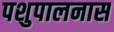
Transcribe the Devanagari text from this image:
पशुपालनास